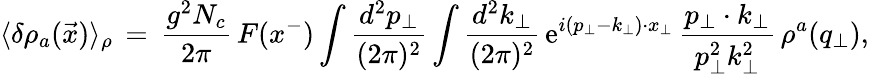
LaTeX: \langle\delta\rho_{a}(\vec{x})\rangle_{\rho}\, =\, {\frac{g^{2}N_{c}}{2\pi}}\, F(x^{-})\int\frac{d^{2}p_{\perp}}{(2\pi)^{2}}\int\frac{d^{2}k_{\perp}}{(2\pi)^{2}}\, \mathrm{e}^{i(p_{\perp}-k_{\perp})\cdot x_{\perp}}\, {\frac{p_{\perp}\cdot k_{\perp}}{p_{\perp}^{2}k_{\perp}^{2}}}\, \rho^{a}(q_{\perp}),